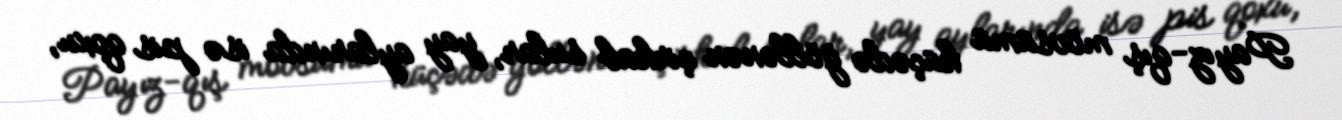
Payız-qış mövsümü küçədə göllənən çirkab sular, yay aylarında isə pis qoxu,